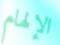
الإلهام